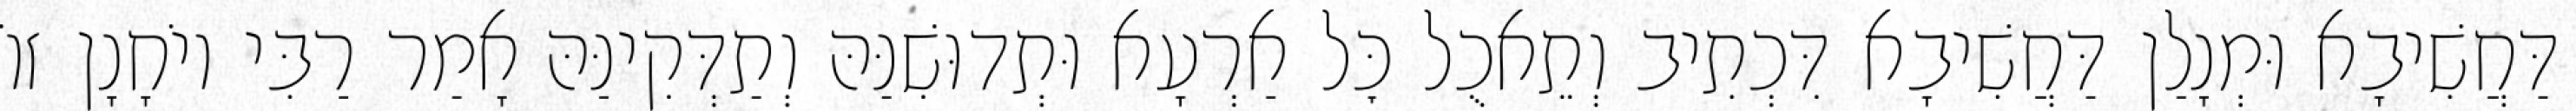
דַּחֲשִׁיבָא וּמְנָלַן דַּחֲשִׁיבָא דִּכְתִיב וְתֵאכֻל כׇּל אַרְעָא וּתְדוּשִׁנַּהּ וְתַדְּקִינַּהּ אָמַר רַבִּי יוֹחָנָן זוֹ